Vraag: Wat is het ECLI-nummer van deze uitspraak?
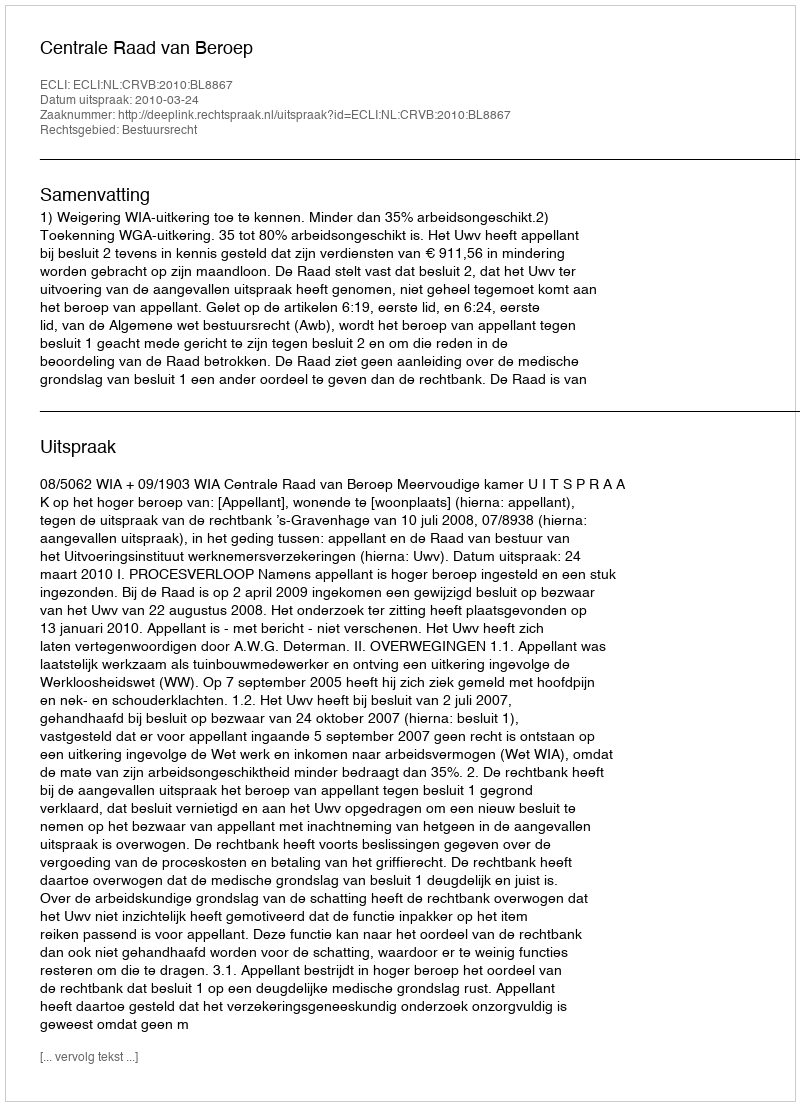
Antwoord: ECLI:NL:CRVB:2010:BL8867